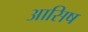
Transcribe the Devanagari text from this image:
आसिष